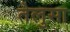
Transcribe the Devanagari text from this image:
तेलुसा